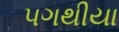
પગથીયા